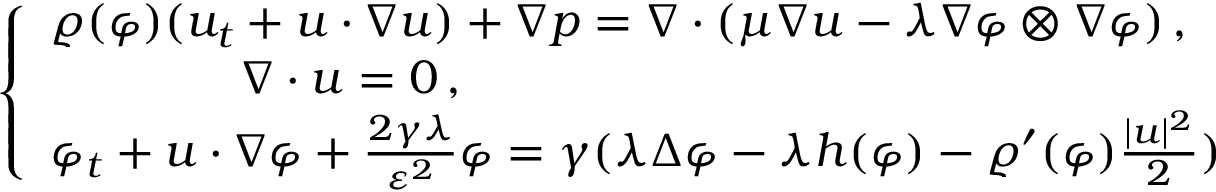
\left\{ \begin{array} { l } { \varrho ( \varphi ) ( u _ { t } + u \cdot \nabla u ) + \nabla p = \nabla \cdot ( \mu \nabla u - \lambda \nabla \varphi \otimes \nabla \varphi ) \, , } \\ { \qquad \qquad \nabla \cdot u = 0 \, , } \\ { \varphi _ { t } + u \cdot \nabla \varphi + \frac { 2 \gamma \lambda } { \varepsilon ^ { 2 } } \varphi = \gamma ( \lambda \Delta \varphi - \lambda h ( \varphi ) - \varrho ^ { \prime } ( \varphi ) \frac { | u | ^ { 2 } } { 2 } ) } \end{array} \right.